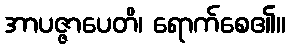
အာပဇ္ဇာပေတိ၊ ရောက်စေ၏။